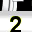
Digit: 2